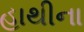
હાથીના